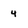
Character: 4